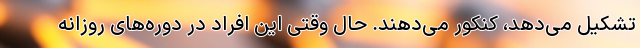
تشکیل می‌دهد، کنکور می‌دهند. حال وقتی این افراد در دوره‌های روزانه